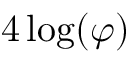
4 \log ( \varphi )